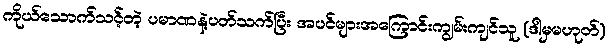
ကိုယ်သောက်သင့်တဲ့ ပမာဏနဲ့ပတ်သက်ပြီး အပင်များအကြောင်းကျွမ်းကျင်သူ (ဒါမှမဟုတ်)